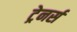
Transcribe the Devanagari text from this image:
ट्रेनर्स